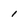
Character: 1